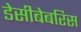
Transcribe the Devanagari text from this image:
डेसीबेबरिस